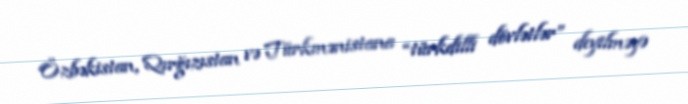
Özbəkistan, Qırğızıstan və Türkmənistana “türkdilli dövlətlər” deyilməyə